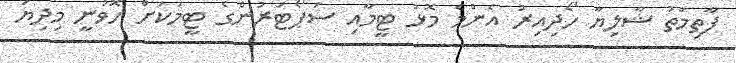
ފާތިމަތު ޝާލިޔާ ހޯދިއިރު އެންމެ މޮޅު ޓީމާއި ސަޕޯޓަރުންގެ ޓީމަކަށް ހޮވުނީ މިދިޔަ